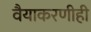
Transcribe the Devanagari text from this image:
वैयाकरणीही